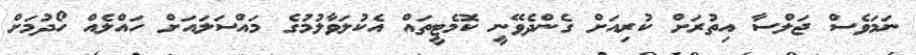
ނަމަވެސް ޖަލްސާ އިތުރަށް ކުރިއަށް ގެންދެވޭނީ ކޮމެޓީތައް އެކުލަވާލުމުގެ މައްސަލައަށް ހައްލެއް ހޯދުމަށް